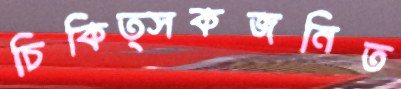
চিকিত্সকজনিত